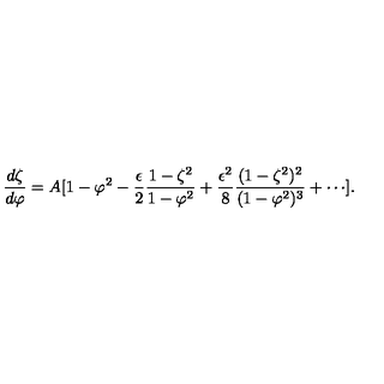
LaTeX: { \frac { d \zeta } { d \varphi } } = A [ 1 - \varphi ^ { 2 } - { \frac { \epsilon } { 2 } } { \frac { 1 - \zeta ^ { 2 } } { 1 - \varphi ^ { 2 } } } + { \frac { \epsilon ^ { 2 } } { 8 } } { \frac { ( 1 - \zeta ^ { 2 } ) ^ { 2 } } { ( 1 - \varphi ^ { 2 } ) ^ { 3 } } } + \cdots ] .